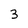
Character: 3